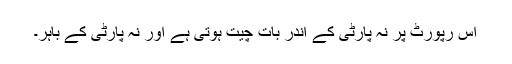
اس رپورٹ پر نہ پارٹی کے اندر بات چیت ہوتی ہے اور نہ پارٹی کے باہر۔